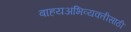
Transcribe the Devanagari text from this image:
बाहयअभिव्यक्‍तीसाठी